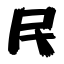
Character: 民